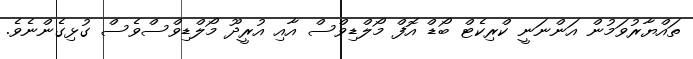
ތައްޔާރުވަމުން އަންނަނީ ކްރިކެޓް ބޯޑް އޮފް މޯލްޑިވްސް އާއި އުރީދޫ މޯލްޑިވްސްވެސް ގުޅިގެންނެވެ.